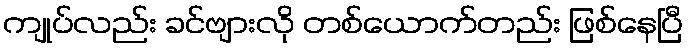
ကျုပ်လည်း ခင်ဗျားလို တစ်ယောက်တည်း ဖြစ်နေပြီ